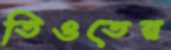
তিওতের